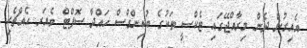
އެއިރުން ދެން މިރާއްޖޭގައި ޓެކްސީ ތަކުގެ ބުކިންގްސް ހައްދާ ސޮފްޓް ވެއަރ އެއްޗެހި